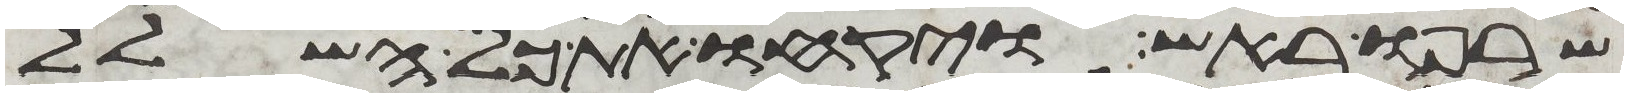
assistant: שרפו באש ויקחו את כל השלל